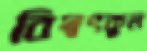
বিদ্বৎকুল